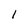
Character: 1